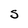
Character: S